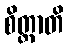
စိတ္တာတိ